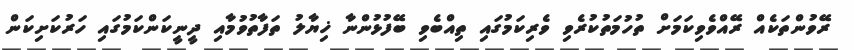
ރޭވުންތަކެއް ރޭއްވެވިކަމަށް ތުހުމަތުކުރެވި ވެރިކަމުގައި ތިއްބެވި ބޭފުޅުންނާ ޚިޔާލު ތަފާތުވުމާއި ދީނީކަންކަމުގައި ހަރުކަށިކަން